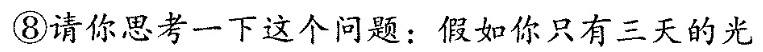
⑧请你思考一下这个问题：假如你只有三天的光